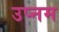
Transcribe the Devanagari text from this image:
उप्नम